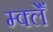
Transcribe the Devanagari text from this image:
म्क्लेँ